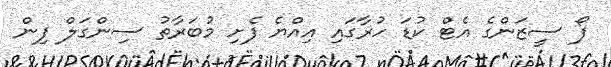
ފޯ ސީޒަންގެ އެޓް ކުޑަ ހުރާގައި އިއްޔެ ފެށި މުބަރާތު ސިންގަލް ފިން